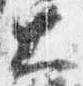
大